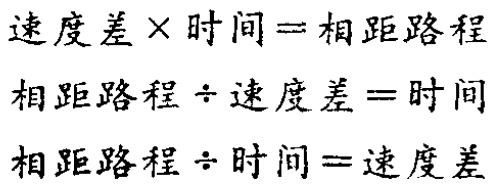
\[

\begin{align*}

速度差\times时间&=相距路程\\

相距路程\div速度差&=时间\\

相距路程\div时间&=速度差

\end{align*}

\]